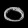
Digit: ၀